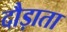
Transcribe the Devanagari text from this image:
दौड़ाता